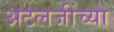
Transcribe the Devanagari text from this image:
अटलजींच्या